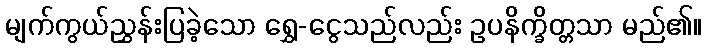
မျက်ကွယ်ညွှန်းပြခဲ့သော ရွှေ-ငွေသည်လည်း ဥပနိက္ခိတ္တသာ မည်၏။